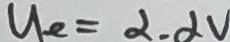
u _ { e } = \alpha - \alpha V